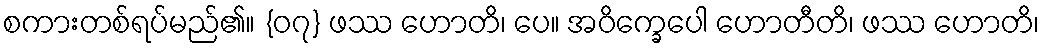
စကားတစ်ရပ်မည်၏။ {၀၇} ဖဿ ဟောတိ၊ ပေ။ အဝိက္ခေပေါ ဟောတီတိ၊ ဖဿ ဟောတိ၊